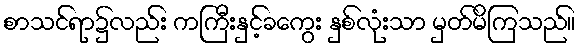
စာသင်ရာ၌လည်း ကကြီးနှင့်ခကွေး နှစ်လုံးသာ မှတ်မိကြသည်။